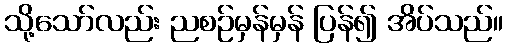
သို့သော်လည်း ညစဉ်မှန်မှန် ပြန်၍ အိပ်သည်။